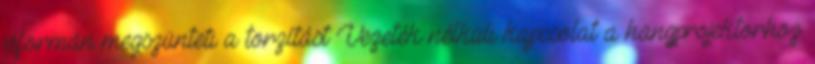
jóformán megszünteti a torzítást Vezeték nélküli kapcsolat a hangprojektorhoz